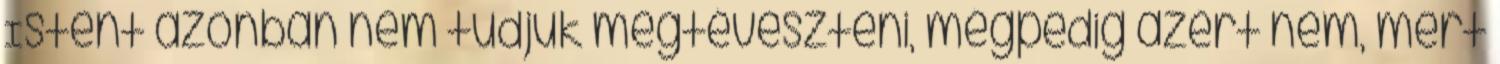
Istent azonban nem tudjuk megtéveszteni, mégpedig azért nem, mert